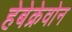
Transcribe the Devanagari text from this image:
हेबेक्रेवोन